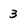
Character: 3